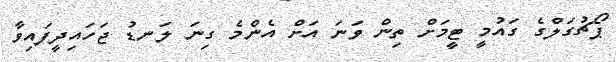
ޕޯޗުގަލްގެ ގައުމީ ޓީމަށް ތިން ވަނަ އަށް އެންމެ ގިނަ ލަނޑު ޖަހައިދީފައިވާ